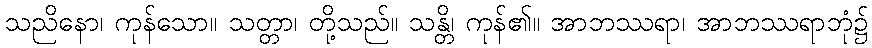
သညိနော၊ ကုန်သော။ သတ္တာ၊ တို့သည်။ သန္တိ၊ ကုန်၏။ အာဘဿရာ၊ အာဘဿရာဘုံ၌